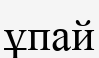
ұпай